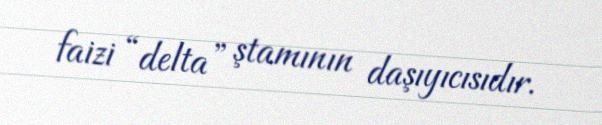
faizi “delta” ştamının daşıyıcısıdır.